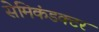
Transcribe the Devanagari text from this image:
सेमिकंडक्टर